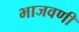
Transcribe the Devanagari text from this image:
भाजवणी